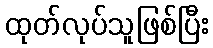
ထုတ်လုပ်သူဖြစ်ပြီး